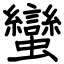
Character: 蠻